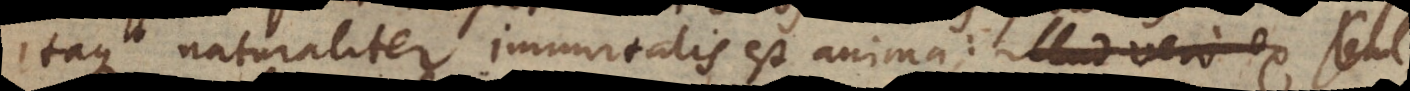
Itaque naturaliter immortalis est anima: illud vero ex